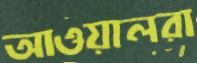
আওয়ালরা